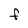
Character: F